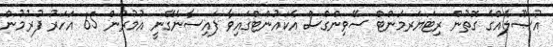
އުޞޫލެއްގެ ގޮތުން ރިޓަޔަރމަންޓް ސޭވިންގްސް އެކައުންޓްގައިވާ ފައިސާނެގޭނީ އުމުރުން 65 އަހަރު ފުރުމުން